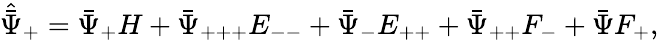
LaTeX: \hat{\bar{\Psi}}_{+}=\bar{\Psi}_{+}H+\bar{\Psi}_{+++}E_{--}+\bar{\Psi}_{-}E_{++}+\bar{\Psi}_{++}F_{-}+\bar{\Psi}F_{+},